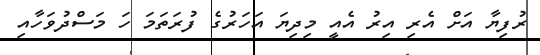
ރުފިޔާ އަށް އެރި އިރު އެއީ މިދިޔަ އަހަރުގެ ފުރަތަމަ ހަ މަސްދުވަހާއި